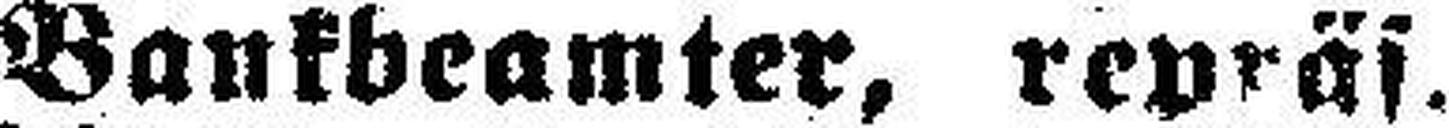
Bankbeamter, repräs.